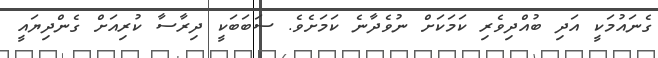
ގެނައުމަކީ އަދި ބުއްދިވެރި ކަމަކަށް ނުވެދާނެ ކަމަށެވެ. ސަބަބަކީ ދިރާސާ ކުރިއަށް ގެންދިޔައީ